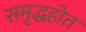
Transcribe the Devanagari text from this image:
समृद्धहोत